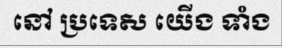
នៅ ប្រទេស យើង ទាំង